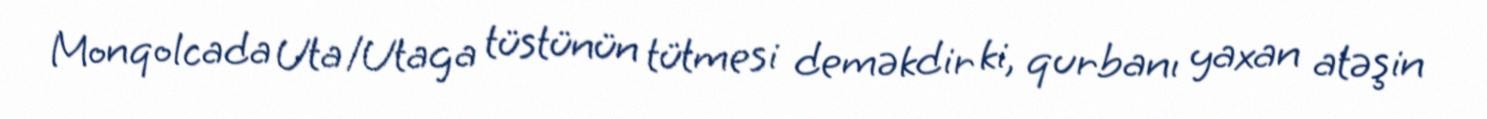
Monqolcada Uta/Utaga tüstünün tütmesi deməkdir ki, qurbanı yaxan atəşin